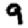
Digit: 9